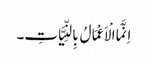
اِنَّمَا الْاَعْمَالُ بِالنِّیَّاتِ۔